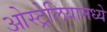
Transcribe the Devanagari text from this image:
ओस्ट्रेलियामध्ये